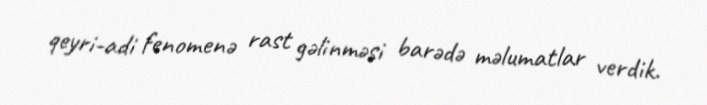
qeyri-adi fenomenə rast gəlinməsi barədə məlumatlar verdik.